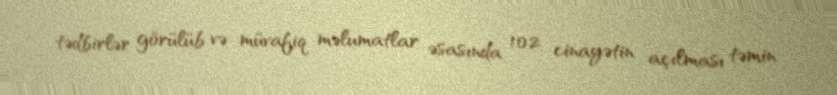
tədbirlər görülüb və müvafiq məlumatlar əsasında 102 cinayətin açılması təmin